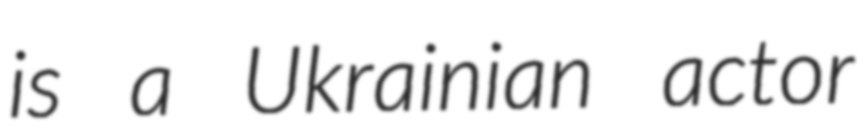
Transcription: is a Ukrainian actor